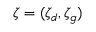
\zeta = ( \zeta _ { d } , \zeta _ { g } )